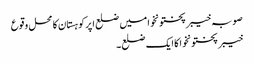
صوبہ خیبر پختونخوا میں ضلع اپرکوہستان کا محل وقوع
خیبر پختونخوا کا ایک ضلع۔